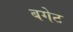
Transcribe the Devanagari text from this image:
बगेट